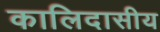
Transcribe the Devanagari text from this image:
कालिदासीय